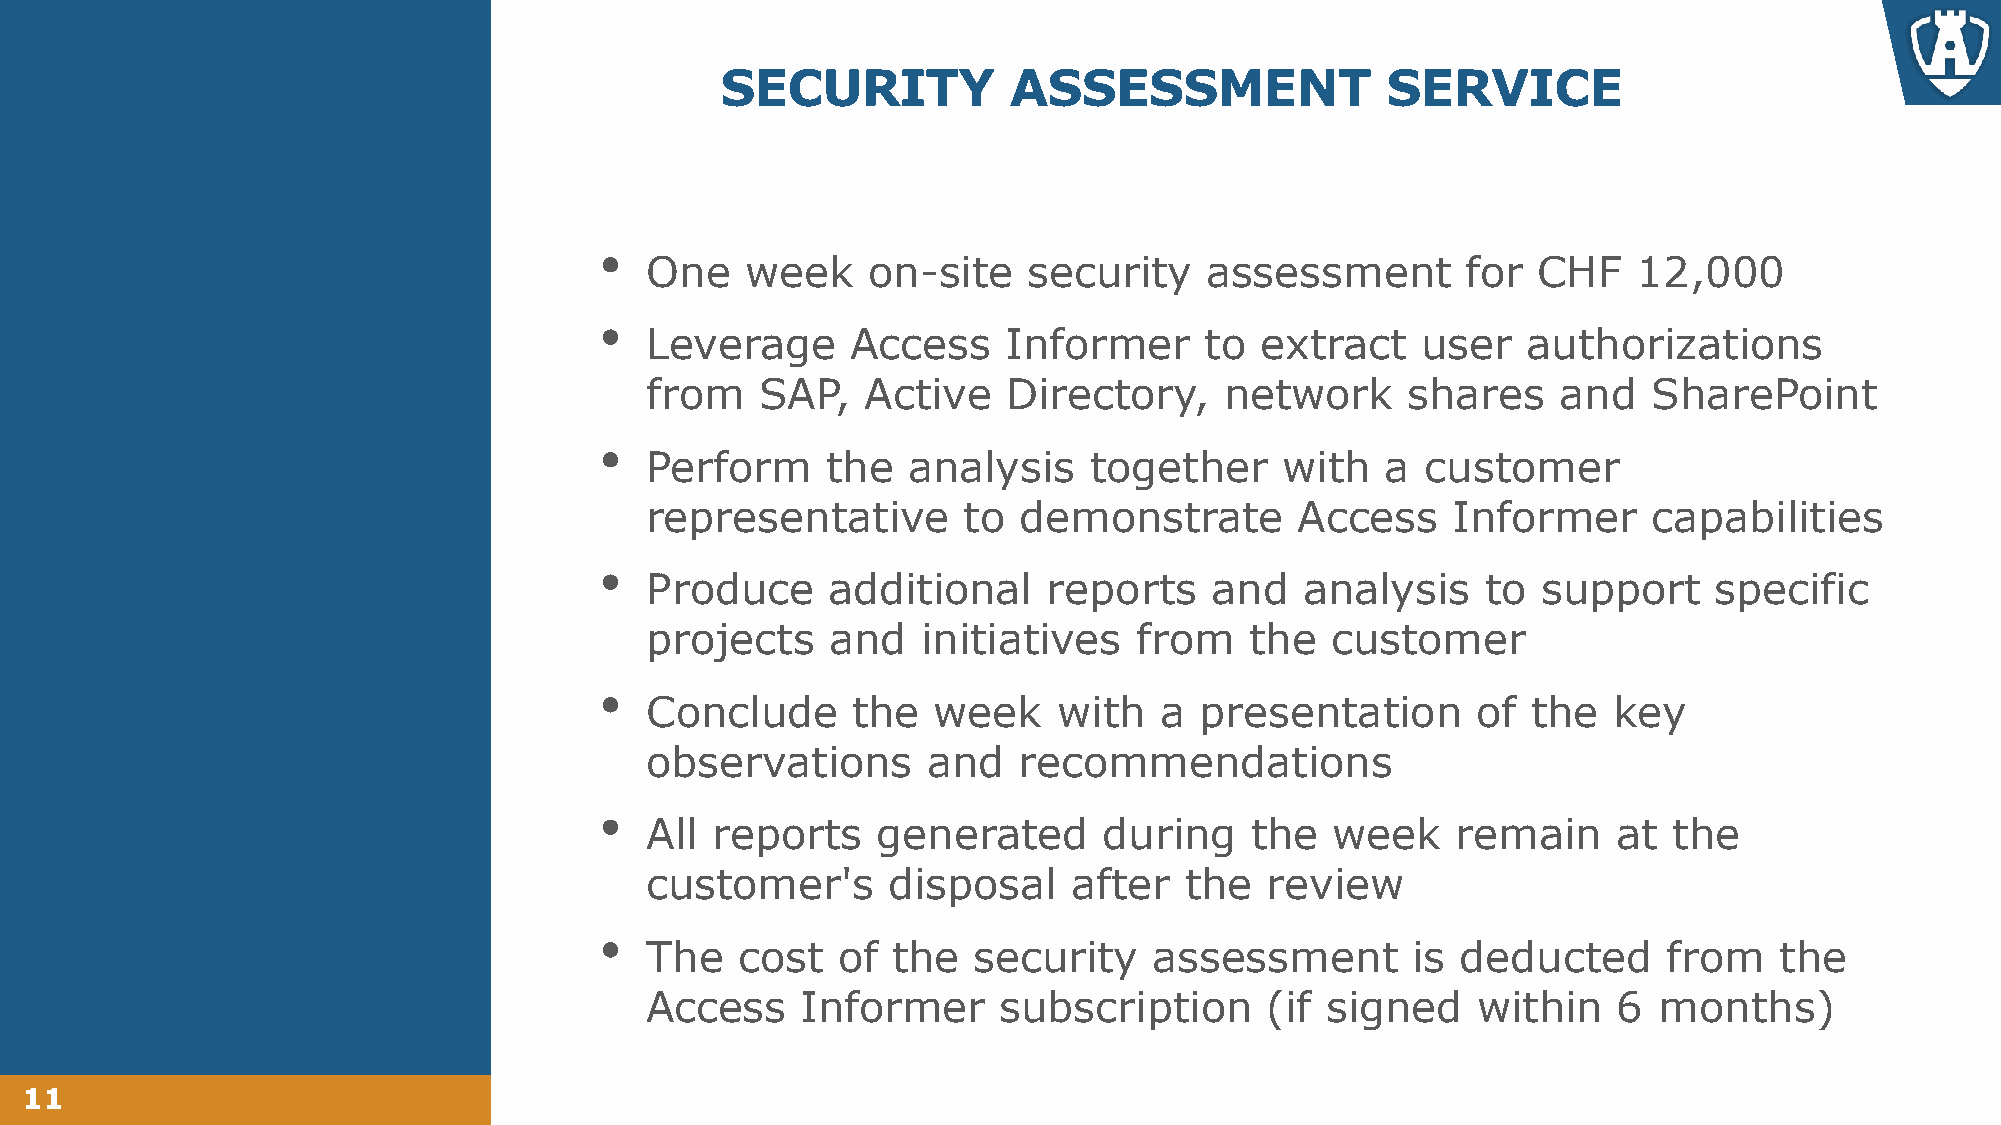
SECURITY           ASSESSMENT               SERVICE
 •
 One   week    on-site    security    assessment       for  CHF   12,000
 •
 Leverage     Access     Informer     to extract    user   authorizations
 from   SAP,   Active    Directory,    network     shares    and   SharePoint
 •
 Perform     the  analysis    together     with   a customer
 representative       to demonstrate        Access    Informer     capabilities
 •
 Produce     additional    reports    and   analysis    to  support     specific
 projects    and   initiatives   from    the  customer
 •
 Conclude     the   week    with   a presentation       of the   key
 observations      and   recommendations
 •
 All reports    generated      during    the  week    remain     at  the
 customer's      disposal    after  the   review
 •
 The   cost  of  the  security    assessment       is  deducted     from    the
 Access    Informer     subscription      (if signed    within   6  months)
 11